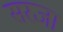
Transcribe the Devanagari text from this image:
सरजा